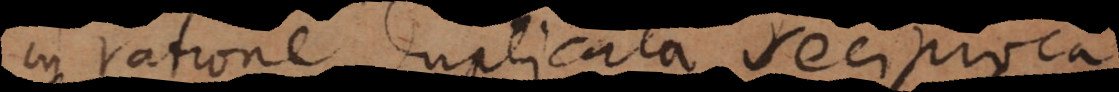
in ratione duplicata reciproca